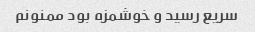
سریع رسید و خوشمزه بود ممنونم